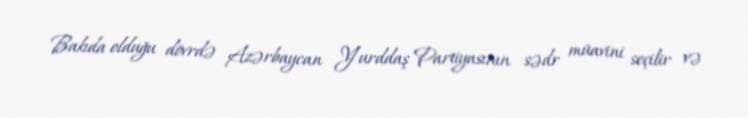
Bakıda olduğu dövrdə Azərbaycan Yurddaş Partiyasının sədr müavini seçilir və